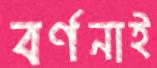
বর্ণনাই